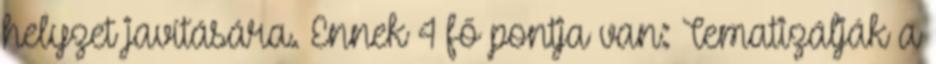
helyzet javítására. Ennek 4 fő pontja van: Tematizálják a